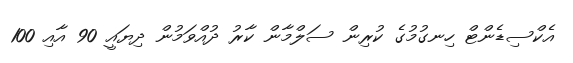
އެކްސިޑެންޓް ހިނގުމުގެ ކުރިން ސަލްމާން ކާރު ދުއްވަމުން ދިޔައީ 90 އާއި 100